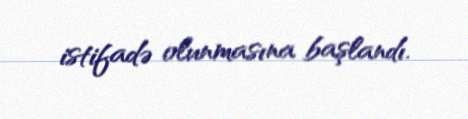
istifadə olunmasına başlandı.